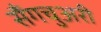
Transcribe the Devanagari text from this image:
सैंगचुअरी